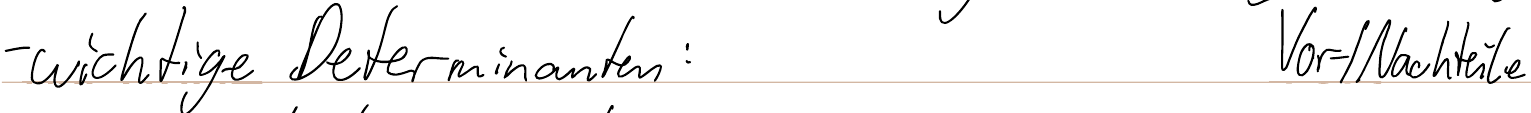
- wichtige Determinanten:    Vor- / Nachteile